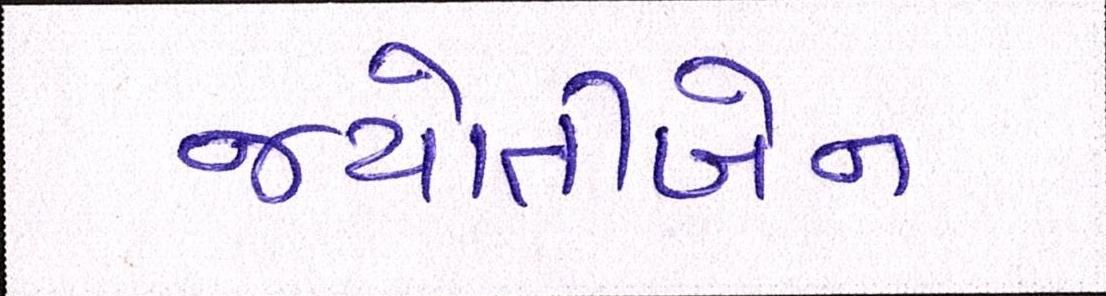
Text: જયોતીબેન